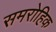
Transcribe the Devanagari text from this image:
समरोहिक